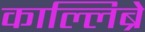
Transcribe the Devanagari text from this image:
काल्लिब्रे